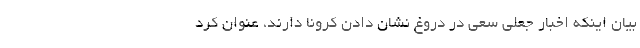
بیان اینکه اخبار جعلی سعی در دروغ نشان دادن کرونا دارند، عنوان کرد